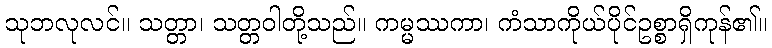
သုဘလုလင်။ သတ္တာ၊ သတ္တဝါတို့သည်။ ကမ္မဿကာ၊ ကံသာကိုယ်ပိုင်ဥစ္စာရှိကုန်၏။